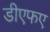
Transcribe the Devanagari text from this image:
डीएफए